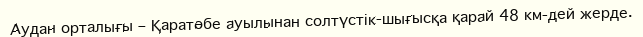
Аудан орталығы – Қаратөбе ауылынан солтүстік-шығысқа қарай 48 км-дей жерде.